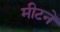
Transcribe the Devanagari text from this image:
मीटने